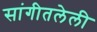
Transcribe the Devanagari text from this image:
सांगीतलेली